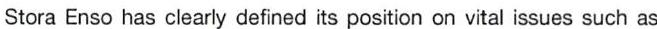
Stora Enso has clearly defined its position on vital issues such as